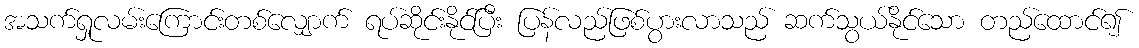
အသက်ရှုလမ်းကြောင်းတစ်လျှောက် ရပ်ဆိုင်းနိုင်ပြီး ပြန်လည်ဖြစ်ပွားလာသည် ဆက်သွယ်နိုင်သော တည်ထောင်၍